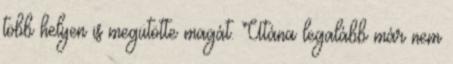
több helyen is megütötte magát. Utána legalább már nem